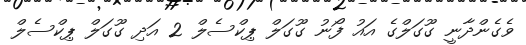
ވެގެންދާނީ ގޫގަލްގެ އައު ފޯނު ގޫގަލް ޕިކްސެލް 2 އަދި ގޫގަލް ޕިކްސެލް